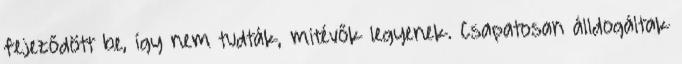
fejeződött be, így nem tudták, mitévők legyenek. Csapatosan álldogáltak